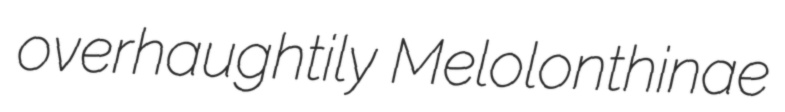
overhaughtily Melolonthinae